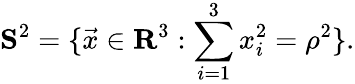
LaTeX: {\mathbf S}^{2}=\{ \vec{x}\in{\mathbf R}^{3}:\sum_{i=1}^{3}x_{i}^{2}={\rho}^{2}\} .